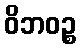
ဝိဘဝဉ္စ